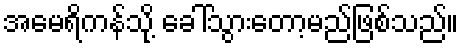
အမေရိကန်သို့ ခေါ်သွားတော့မည်ဖြစ်သည်။